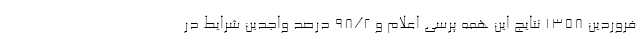
فروردین ۱۳۵۸ نتایج این همه پرسی اعلام و ۹۸/۲ درصد واجدین شرایط در